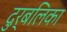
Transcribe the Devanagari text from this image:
दुर्बलिका